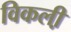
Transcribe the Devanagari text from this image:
विकली़